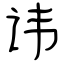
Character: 讳